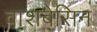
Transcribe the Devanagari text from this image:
वाशबेसिन